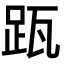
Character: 𨀄